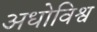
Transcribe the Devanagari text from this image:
अधोविश्व